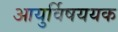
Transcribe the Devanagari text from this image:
आयुर्विषययक